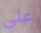
على